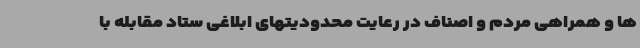
ها و همراهی مردم و اصناف در رعایت محدودیتهای ابلاغی ستاد مقابله با